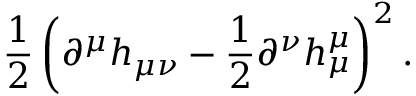
\frac { 1 } { 2 } \left( \partial ^ { \mu } h _ { \mu \nu } - \frac { 1 } { 2 } \partial ^ { \nu } h _ { \mu } ^ { \mu } \right) ^ { 2 } .